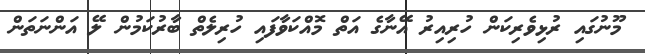
މޫނުގައި ރުޅިވެރިކަން ހުރިއިރު އޭނާގެ އަތް މޮއްކަވާފައި ހުރިލެތް ބާރުކަމުން ލޭ އަންނަތަން